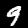
Label: 9